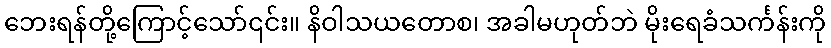
ဘေးရန်တို့ကြောင့်သော်၎င်း။ နိဝါသယတောစ၊ အခါမဟုတ်ဘဲ မိုးရေခံသင်္ကန်းကို